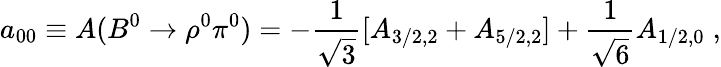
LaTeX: a_{00}\equiv A(B^{0}\to\rho^{0}\pi^{0})=-\frac{1}{\sqrt{3}}[A_{3/2,2}+A_{5/2,2}]+\frac{1}{\sqrt{6}}A_{1/2,0}\; ,